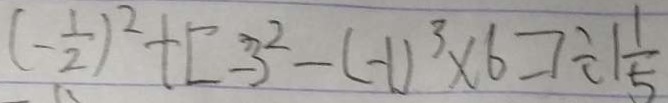
( - \frac { 1 } { 2 } ) ^ { 2 } + [ - 3 ^ { 2 } - ( - 1 ) ^ { 3 } \times 6 ] \div 1 \frac { 1 } { 5 }